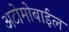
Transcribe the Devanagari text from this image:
अटोमोबाईल